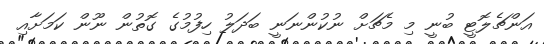
އަންޗެލޮޓީ ބުނީ މި މެޗަށް ނުކުންނަނީ ބަދަލު ހިފުުމުގެ ގޮތުން ނޫން ކަމަށާއި